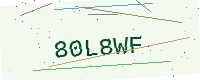
Text: 80L8WF